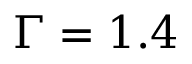
\Gamma = 1 . 4